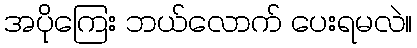
အပိုကြေး ဘယ်လောက် ပေးရမလဲ။